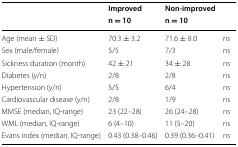
<table><thead><tr><td rowspan="2"></td><td><b>Improved</b></td><td><b>Non-improved</b></td><td rowspan="2"></td></tr><tr><td><b>n = 10</b></td><td><b>n = 10</b></td></tr></thead><tbody><tr><td>Age (mean ± SD)</td><td>70.3 ± 3.2</td><td>71.6 ± 8.0</td><td>ns</td></tr><tr><td>Sex (male/female)</td><td>5/5</td><td>7/3</td><td>ns</td></tr><tr><td>Sickness duration (month)</td><td>42 ± 21</td><td>34 ± 28</td><td>ns</td></tr><tr><td>Diabetes (y/n)</td><td>2/8</td><td>2/8</td><td>ns</td></tr><tr><td>Hypertension (y/n)</td><td>5/5</td><td>6/4</td><td>ns</td></tr><tr><td>Cardiovascular disease (y/n)</td><td>2/8</td><td>1/9</td><td>ns</td></tr><tr><td>MMSE (median, IQ-range)</td><td>23 (22–28)</td><td>26 (24–28)</td><td>ns</td></tr><tr><td>WML (median, IQ-range)</td><td>6 (4–10)</td><td>11 (5–20)</td><td>ns</td></tr><tr><td>Evans index (median, IQ-range)</td><td>0.43 (0.38–0.46)</td><td>0.39 (0.36–0.41)</td><td>ns</td></tr></tbody></table>